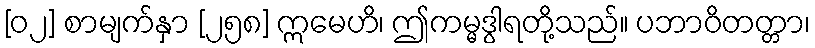
[၀၂] စာမျက်နှာ [၂၅၈] ဣမေဟိ၊ ဤကမ္မဒွါရတို့သည်။ ပဘာဝိတတ္တာ၊